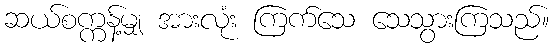
ဆယ်စက္ကန့်မျှ အားလုံး ကြက်သေ သေသွားကြသည်။